Vao_vallavalitsus, lk 6
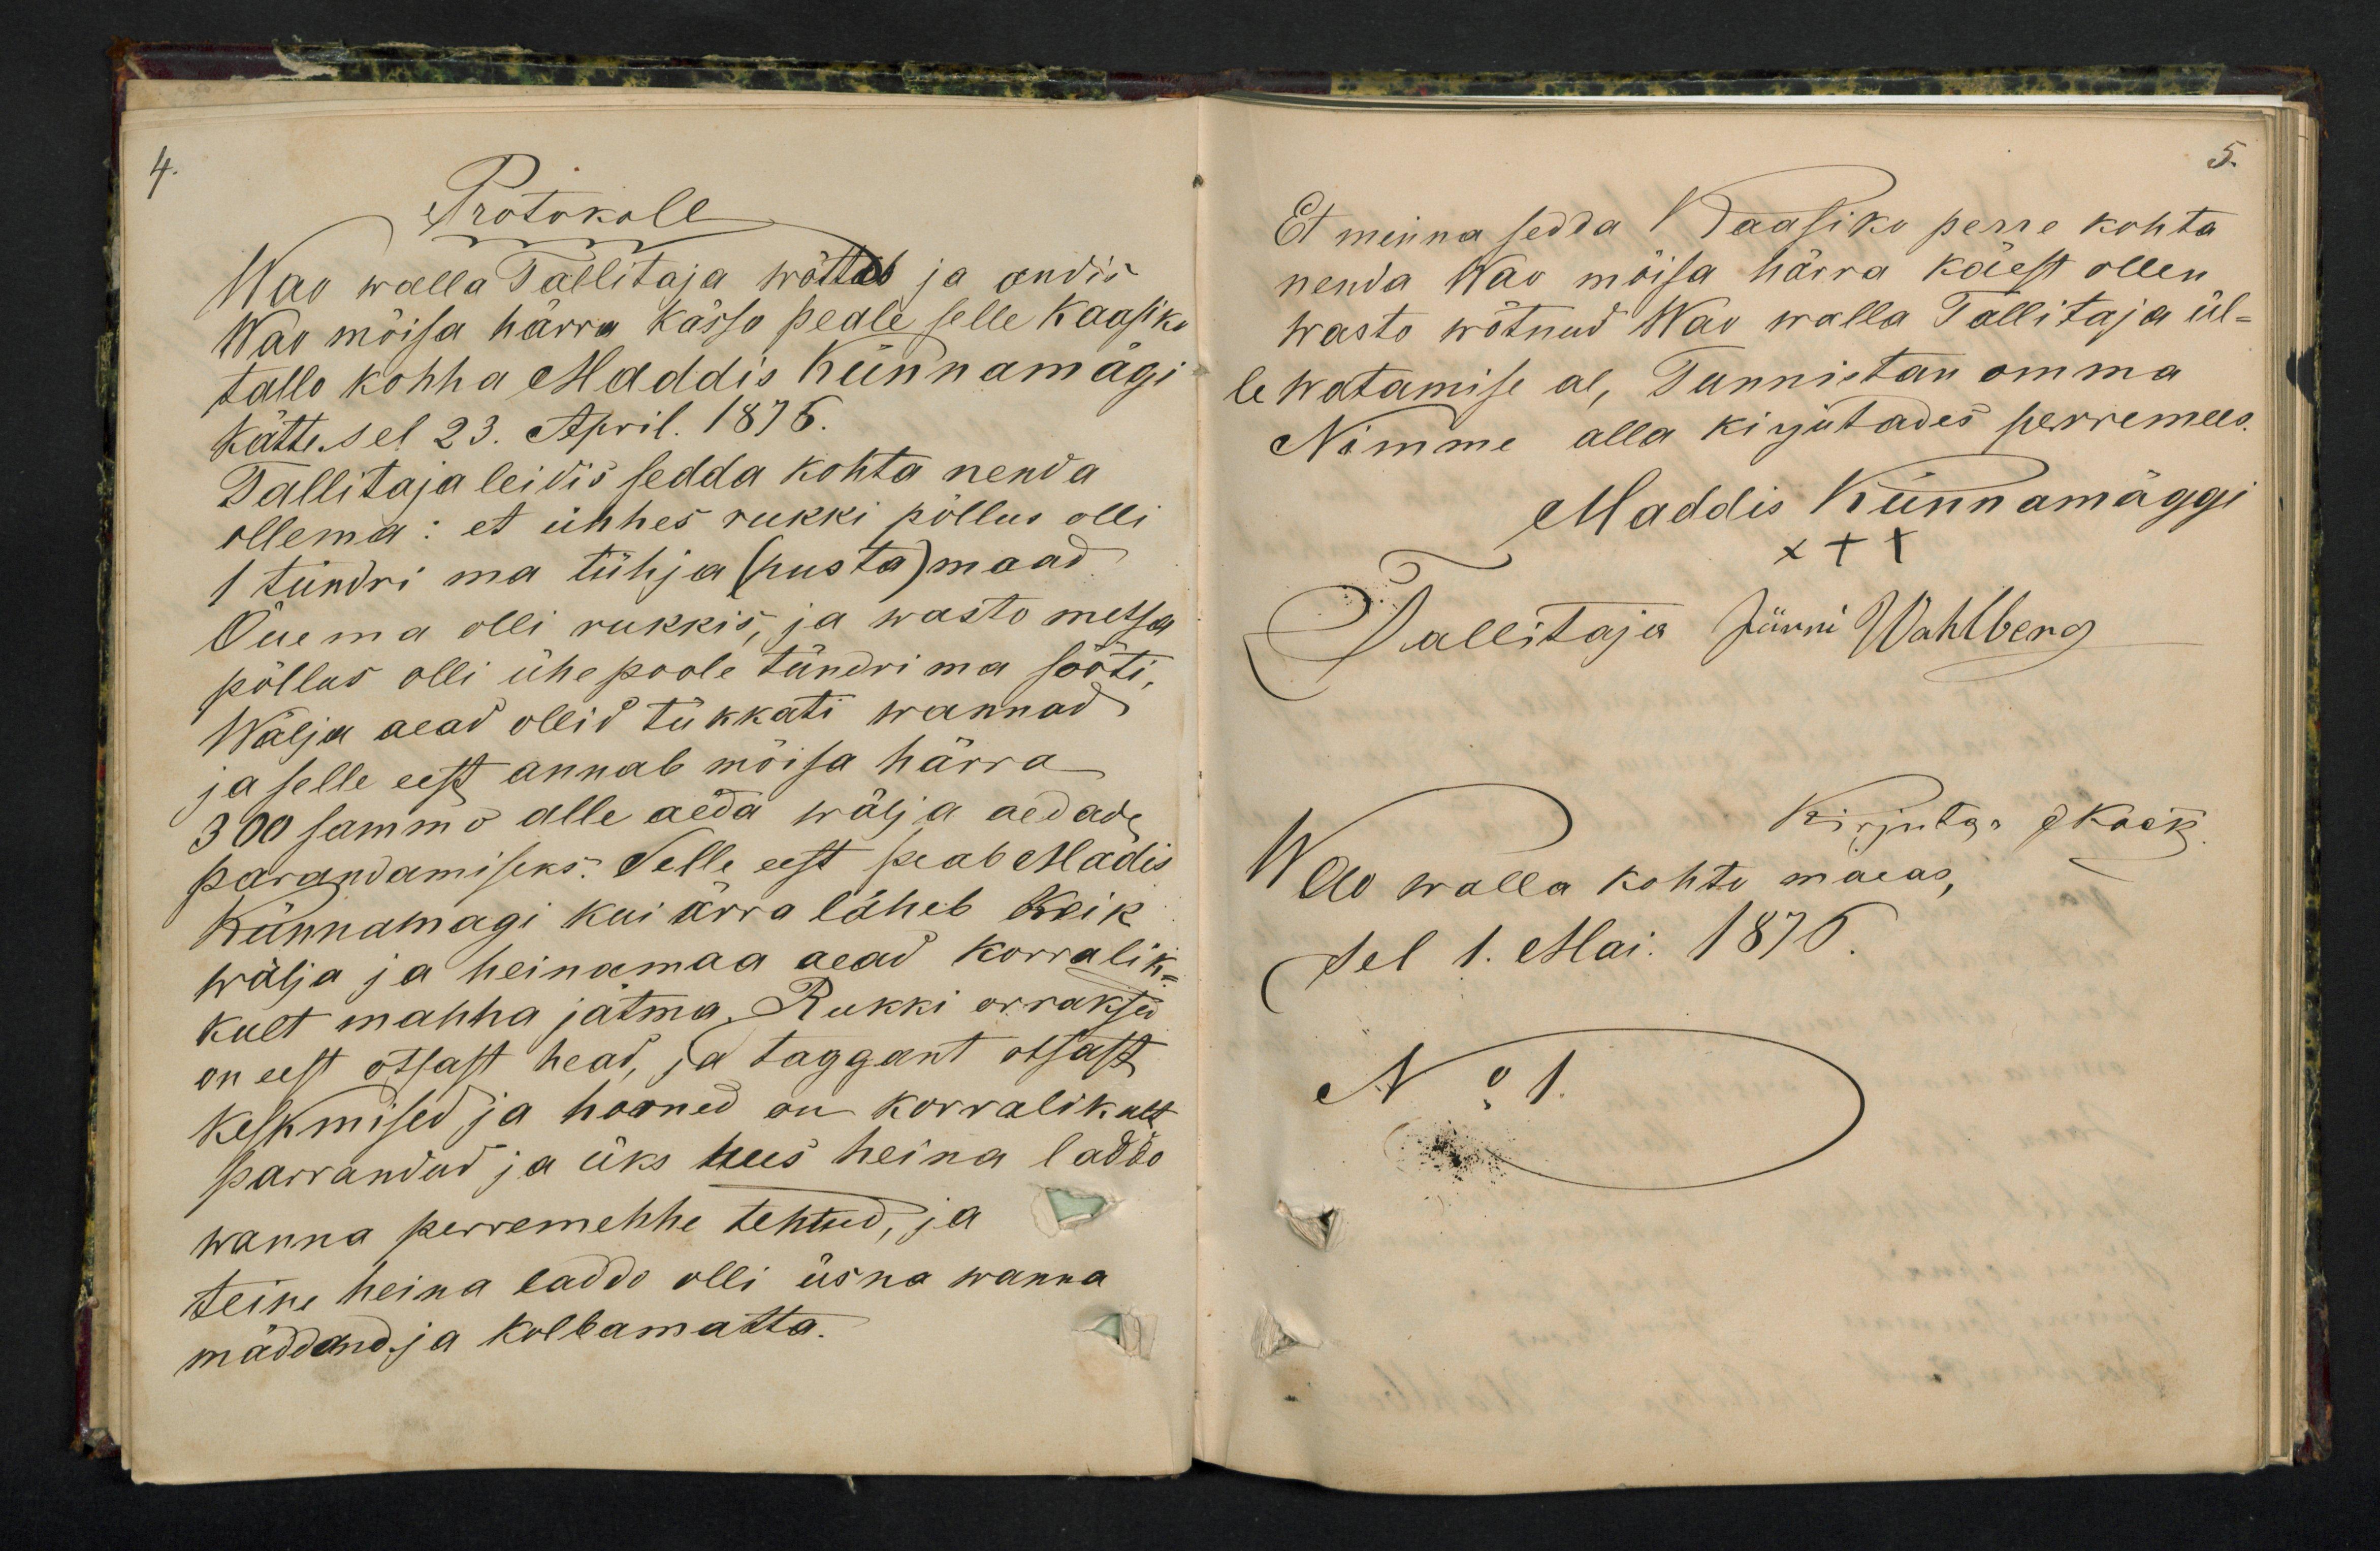
4.
Protokoll
Wao walla Tallitaja wõttas ja andis
Wao mõisa härra kässo peale selle kaasiko
tallo kohha Muddis Künnamägi
Kätte sel 23. April. 1875.
Tallitaja leidis sedda kohta nenda
ollema: et ühhes rukki põllus olli
1 tündri ma tühja (pusta) maad
Öuema olli rukkis, ja wasto metsa
põllus olli ühe poole tündri ma sööti,
Wälja aead ollid tükkati wannad
ja selle eest annab mõisa härra
300 sammo alle aeda wälja aedade
parandamiseks. Selle eest peab Madis
Künnamagi kui ärra läheb Keik
wälja ja heinamaa aead korralik-
kult mahha jätma Rukki orraksed
on eest otsast head, ja taggant otsust
Keskmised ja hooned on korralikult
parrandud ja üks uus heina laddo
wanna perremehhe tehtud, ja
teine heina laddo olli üsna wanna
mäddand ja Kolbamatta.

5.
Et mina sedda Kaasiko perre kohta
nenda Wao möisa härra käest ollen
Wasto wõtnud Wao walla Tallitaja ül-
le watamise al, Tunnistan omma
Nimme alla kirjutades perremees.
Maddis Künnamäggi
XXX
Mallitaja Jürri Wahlberg
Wao walla kohtu maeas Kirjutaja Kask
Sel 1. Mai. 1875.
No 1.